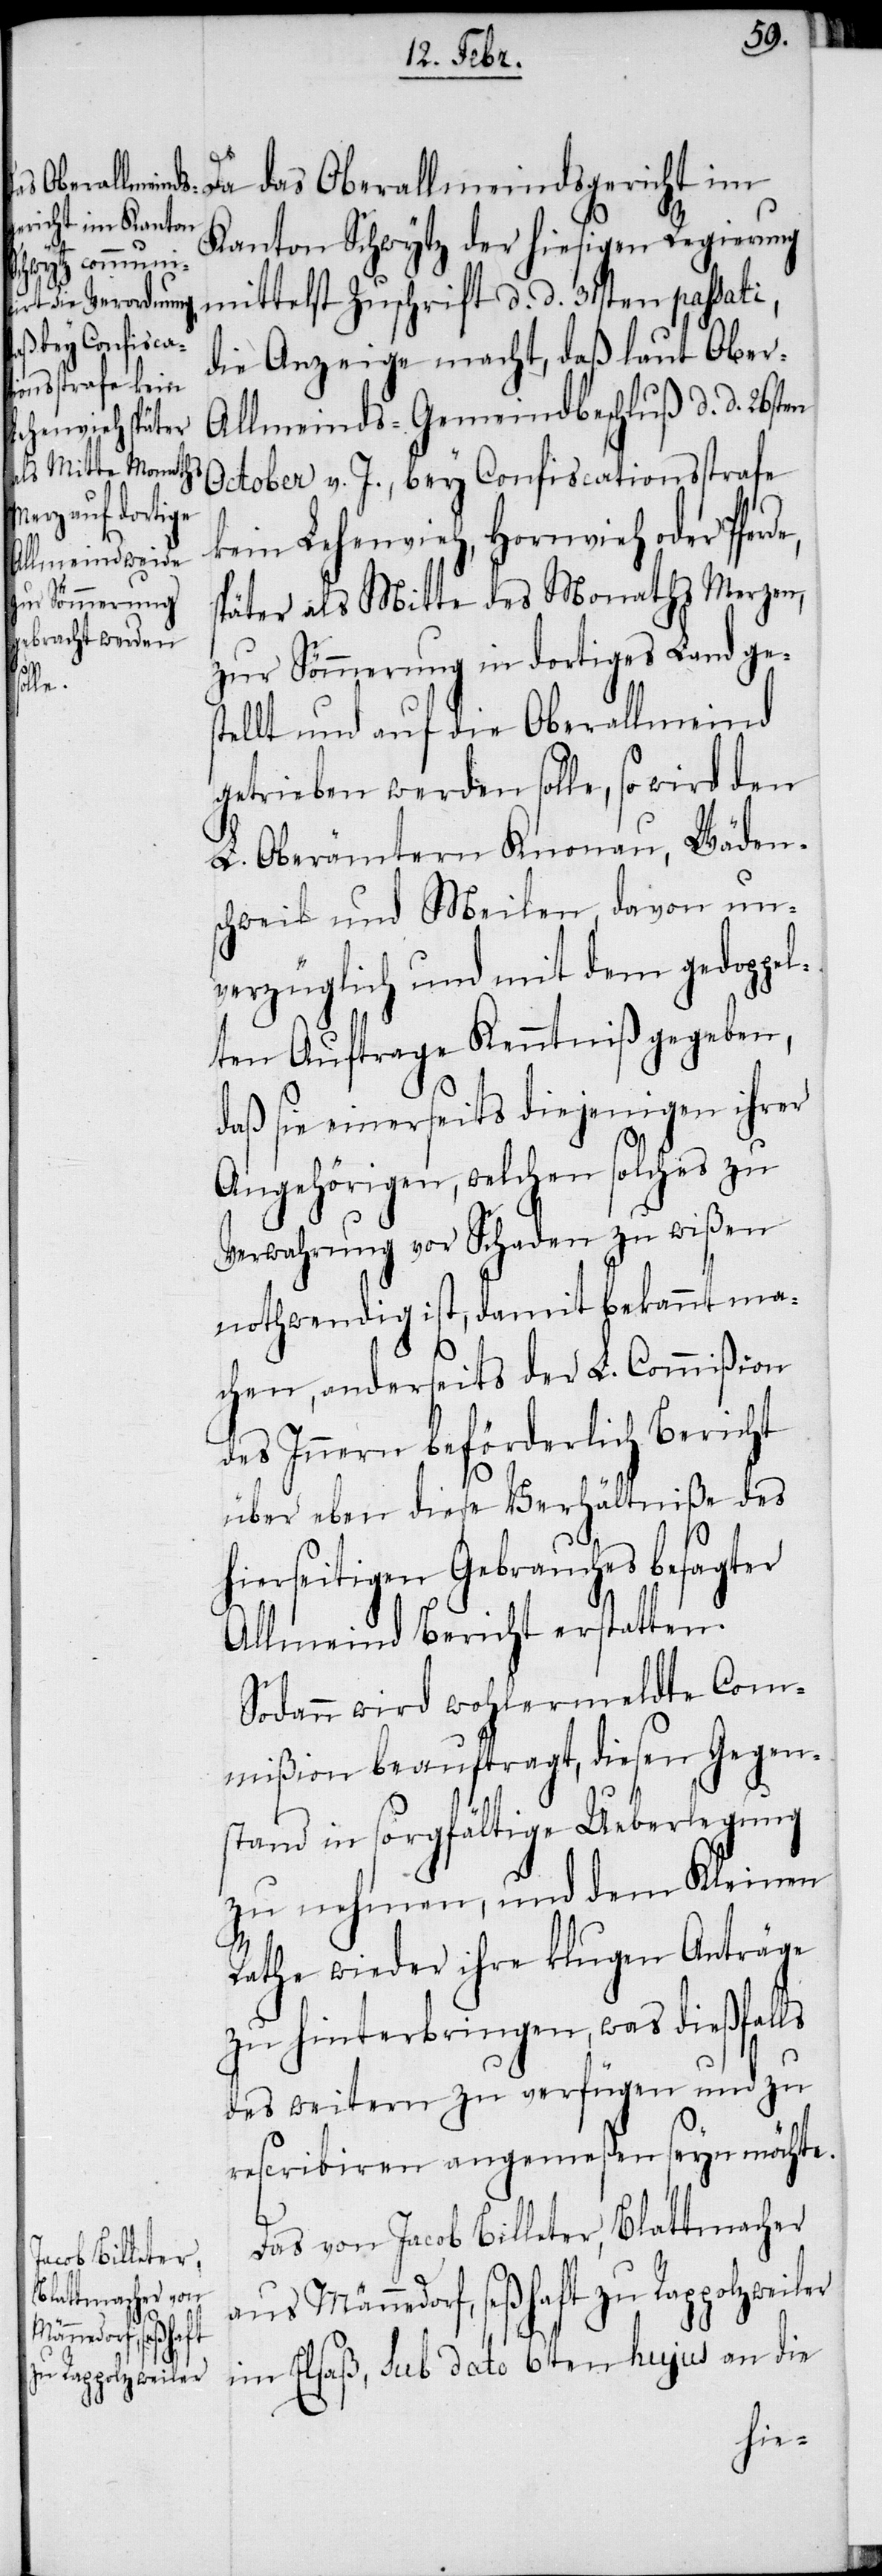
Da das Oberallmeindsgericht im
Kanton Schwytz der hiesigen Regierung
mittelst Zuschrift d. d. 31sten passati,
die Anzeige macht, daß laut Ober-A¬
llmeinds-Gemeindbeschluß d. d. 26sten
October v. J., bey Confiscationsstrafe
kein Lehenvieh, Hornvieh oder Pfe¬
später als Mitte des Monaths Merzen,
zur Sömmerung in dortiges Land ges¬
rde,
tellt und auf die Oberallmeind
getrieben werden solle, so wird den
L. Oberämtern Knonau, Wäden¬
schweil und Meilen, davon un¬
verzüglich und mit dem gedoppel¬
ten Auftrage Kenntniß gegeben,
daß sie einerseits diejenigen ihrer
Angehörigen, welchen solches zu
Verwahrung vor Schaden zu wißen
nothwendig ist, damit bekannt ma¬
chen, anderseits der L. Commißion
des Innern beförderlich Bericht
über eben diese Verhältniße des
hierseitigen Gebrauches besagter
Allmeind Bericht erstatten.
Sodann wird wohlermeldte Com¬
mißion beauftragt, diesen Gegen¬
stand in sorgfältige Ueberlegung
zu nehmen, und dem Kleinen
Rathe wieder ihre klugen Anträge
zu hinterbringen, was dießfalls
des weitern zu verfügen und zu
rescribiren angemeßen seyn möchte.
Das von Jacob Billeter, Blattmacher
aus Männedorf, seßhaft zu Rappholzweiler
im Elsaß, sub dato 6ten hujus an die